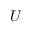
U